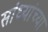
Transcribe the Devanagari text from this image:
सांध्यांच्या